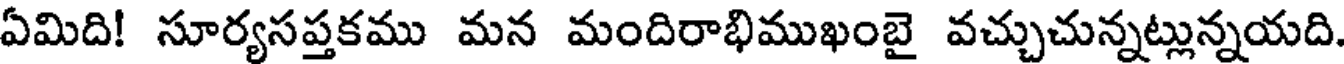
ఏమిది! సూర్యసప్తకము మన మందిరాభిముఖంబై వచ్చుచున్నట్లున్నయది.